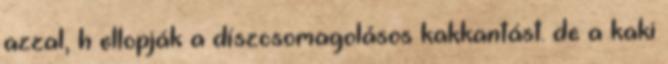
azzal, h ellopják a díszcsomagolásos kakkantást. de a kaki